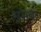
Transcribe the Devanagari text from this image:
संभवः